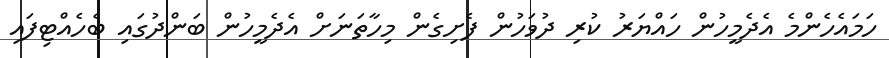
ހަމައެހެންމެ އެދެމީހުން ހައްޔަރު ކުރި ދުވަހުން ފެށިގެން މިހާތަނަށް އެދެމީހުން ބަންދުގައި ބެހެއްޓިފައި